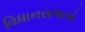
વિધાનસભાએ